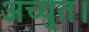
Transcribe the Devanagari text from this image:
अच्युत।